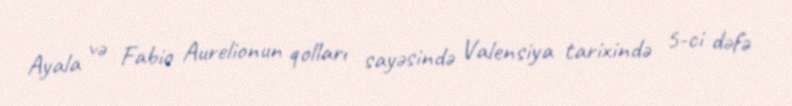
Ayala və Fabio Aurelionun qolları sayəsində Valensiya tarixində 5-ci dəfə